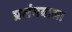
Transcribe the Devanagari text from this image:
प्रसंगवाला